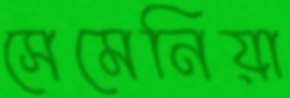
সেমেনিয়া